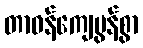
တာဝန်ကျေပွန်စွာ